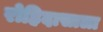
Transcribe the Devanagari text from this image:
रोहिदासाला